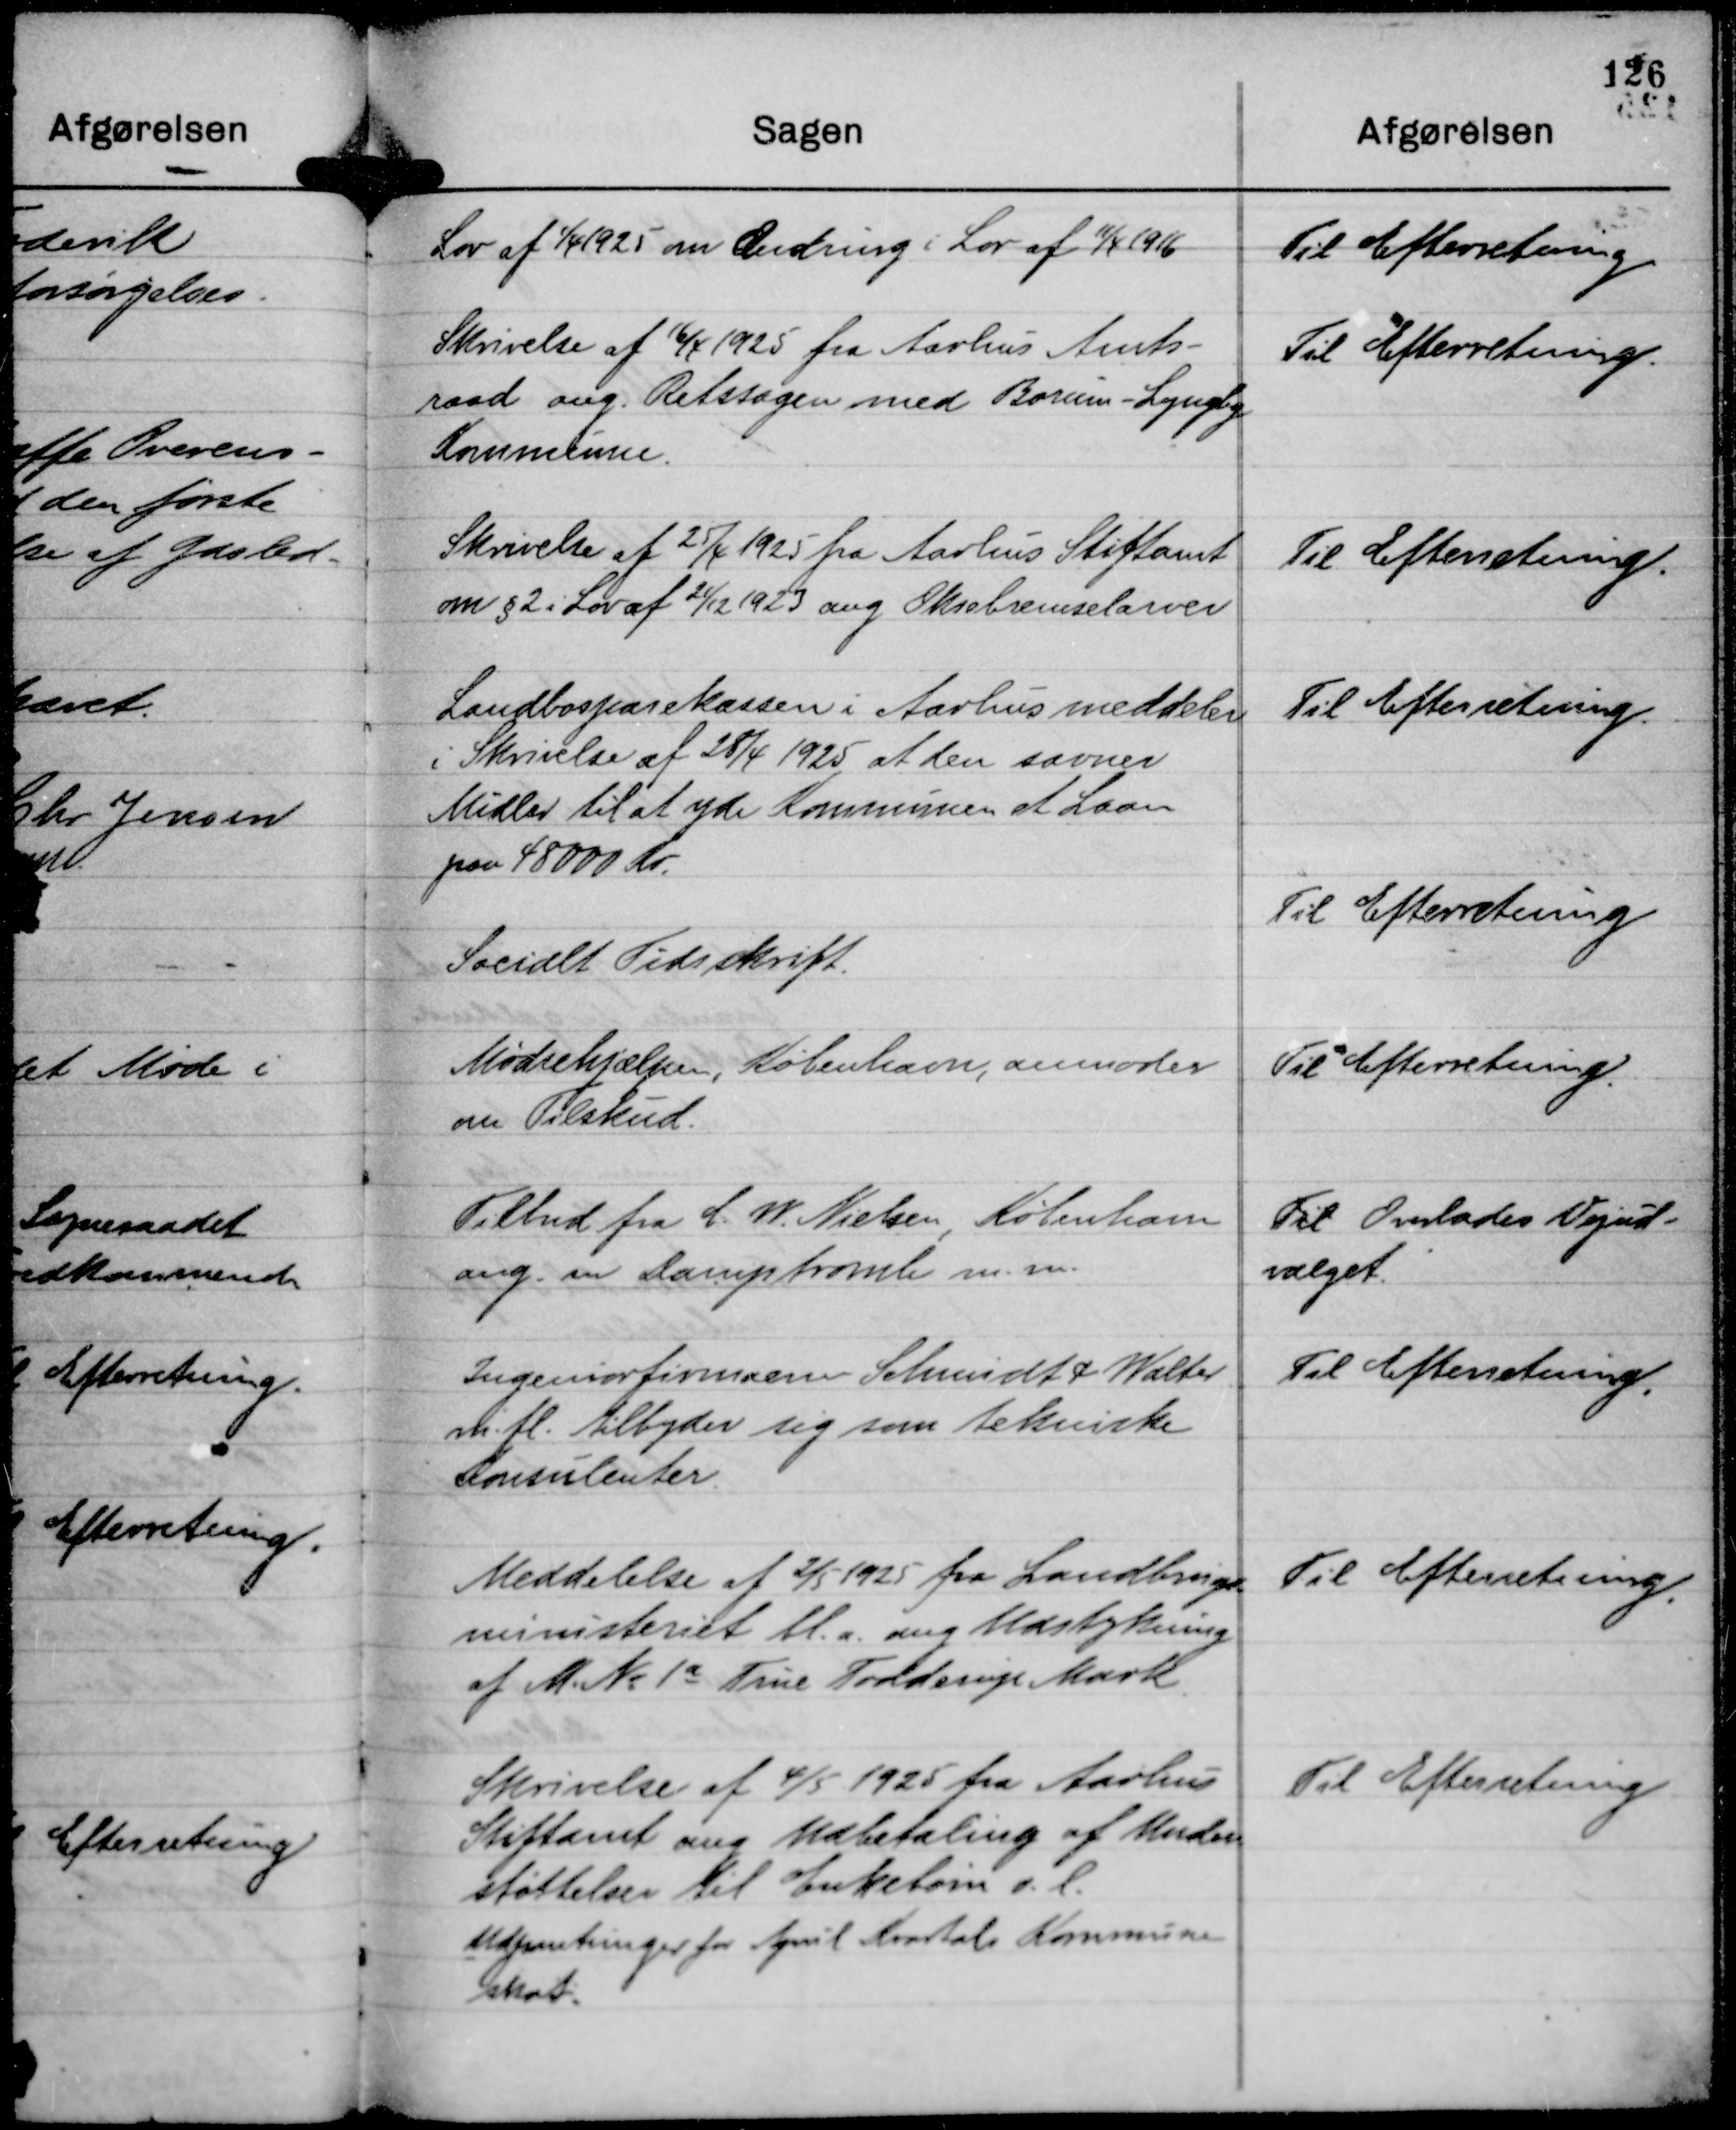
Transskription:
Lov af 1/4 1925 om Ændring i Lov af
11/4 1916

Til Efterretning

Skrivelse af 16/4 1925 fra Aarhus Amts-
raad ang. Retssagen med Borum-Lyngby
Kommune.

Til Efterretning.

Skrivelse af 25/4 1925 fra Aarhus Stiftamt
om § 2 i Lov af 21/12 1923 ang Oksebremselarver

Til Efterretning.

Landbosparekassen i Aarhus meddeler
i Skrivelse af 28/4 1925 at den savner
Midler til at yde Kommunen et Laan
paa 48000 Kr.

Til Efterretning.

Socialt Tidsskrift.

Til Efterretning

Mødrehjælpen, København, anmoder
om Tilskud.

Til Efterretning

Tilbud fra C. W. Nielsen, København
ang. en Damptromle m. m.

Til Overlades Vejud-
valget.

Ingeniørfirmaerne Schmidt & Walter
m. fl. tilbyder sig som tekniske
Konsulenter

Til Efterretning.

Meddelelse af 2/5 - 1925 Landbrugs-
ministeriet bl. a. ang Udstykning
af M. No 1 a True Todderup Mark.

Til Efterretning.

Skrivelse af 4/5 1925 fra Aarhus
Stiftamt ang Udbetaling af Under
støttelse til Enkebørn o. l.
Udpantinger for April Kvartals Kommune
Skat

Til Efterretning.